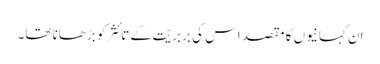
ان کہانیوں کا مقصد اس کی بربریّت کے تائثر کو بڑھانا تھا۔